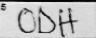
Transcription: ODH